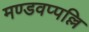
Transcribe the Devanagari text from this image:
मण्डवप्पल्लि